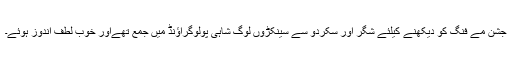
جشن مے فنگ کو دیکھنے کیلئے شگر اور سکردو سے سینکڑوں لوگ شاہی پولوگراؤنڈ میں جمع تھےاور خوب لطف اندوز ہوئے۔